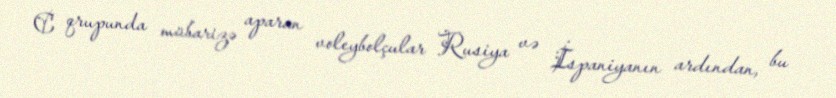
C qrupunda mübarizə aparan voleybolçular Rusiya və İspaniyanın ardından, bu